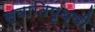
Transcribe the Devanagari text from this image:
स्वातिपृथ्वी